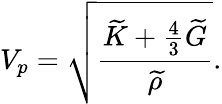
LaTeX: V_{p}=\sqrt{\frac{\widetilde{K}+\frac{4}{3}\widetilde{G}}{\widetilde{\rho}}}.